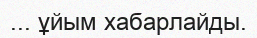
... ұйым хабарлайды.